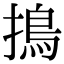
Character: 㨶